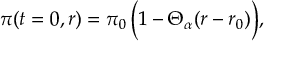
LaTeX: \displaystyle \pi ( t = 0 , r ) = \pi _ { 0 } \, \Bigl ( 1 - \Theta _ { \alpha } ( r - r _ { 0 } ) \Bigr ) ,